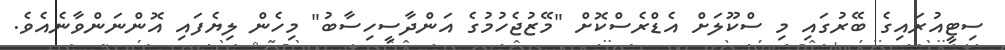
ސިޓީއުރައިގެ ބޭރުގައި މި ސްކޫލަށް އެޑްރެސްކޮށް "މޭޒުޖެހުމުގެ އަންދާސީހިސާބު" މިހެން ލިޔެފައި އޮންނަންވާނެއެވެ.